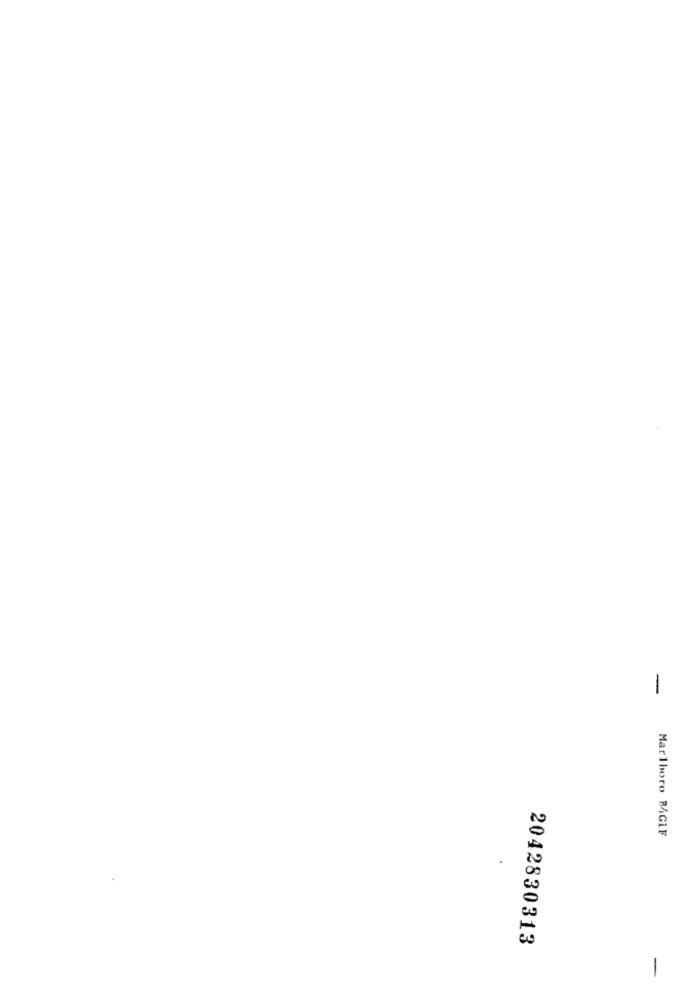
-
Marlboro BAGLF
2042830313
-